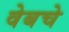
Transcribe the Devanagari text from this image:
वेबचे